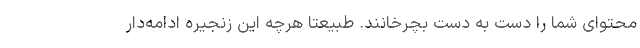
محتوای شما را دست به دست بچرخانند. طبیعتاً هرچه این زنجیره ادامه‌دار